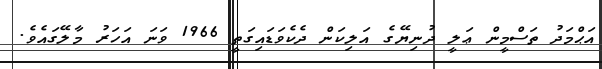
އަޙްމަދު ތަސްމީން ޢަލީ ދުނިޔޭގެ އަލިކަން ދެކެވަޑައިގަތީ 1966 ވަނަ އަހަރު މާލޭގައެވެ.